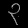
Digit: ၃